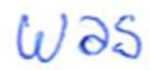
Text: was
Cross-out: clean
Writing tool: ballpoint